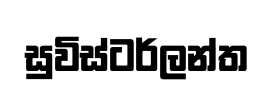
සුවිස්ටර්ලන්ත